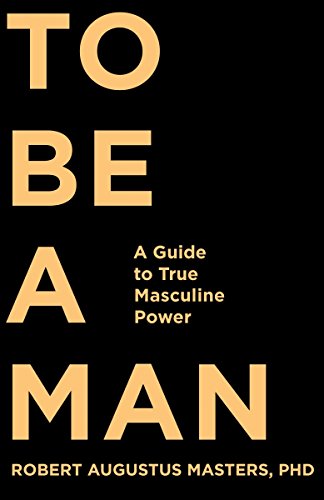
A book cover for To Be a Man: A Guide to True Masculine Power; Robert Augustus Masters  PhD; Medical Books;